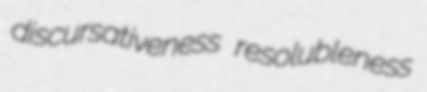
discursativeness resolubleness